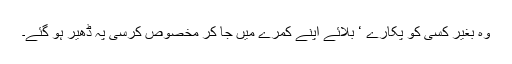
وہ بغیر کسی کو پکارے ‘ بلائے اپنے کمرے میں جا کر مخصوص کرسی پہ ڈھیر ہو گئے۔